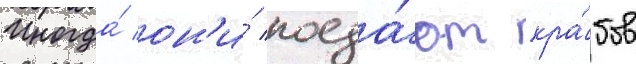
Иногда́ он'и́ поеда́ют кра́бов